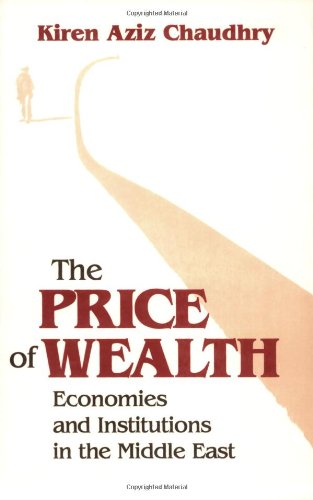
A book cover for The Price of Wealth: Economies and Institutions in the Middle East (Cornell Studies in Political Economy); Kiren Aziz Chaudhry; History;